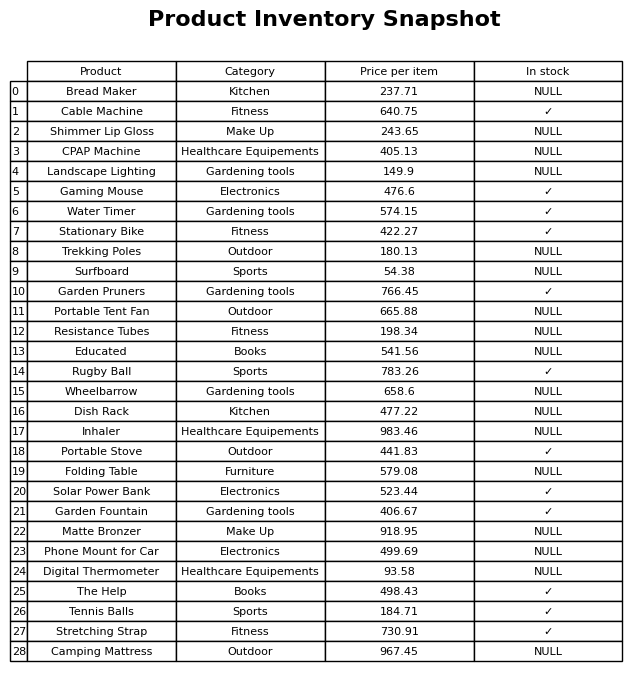
question: Which products are currently out of stock?
answer: Bread Maker, Shimmer Lip Gloss, CPAP Machine, Landscape Lighting, Trekking Poles, Surfboard, Portable Tent Fan, Resistance Tubes, Educated, Wheelbarrow, Dish Rack, Inhaler, Folding Table, Matte Bronzer, Phone Mount for Car, Digital Thermometer, Camping Mattress